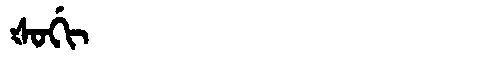
Manchu: ᡧᠣᡤᡳ
Romanization: ŠOGI